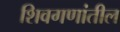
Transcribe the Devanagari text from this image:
शिवगणांतील